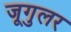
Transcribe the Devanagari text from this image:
जूगुलर